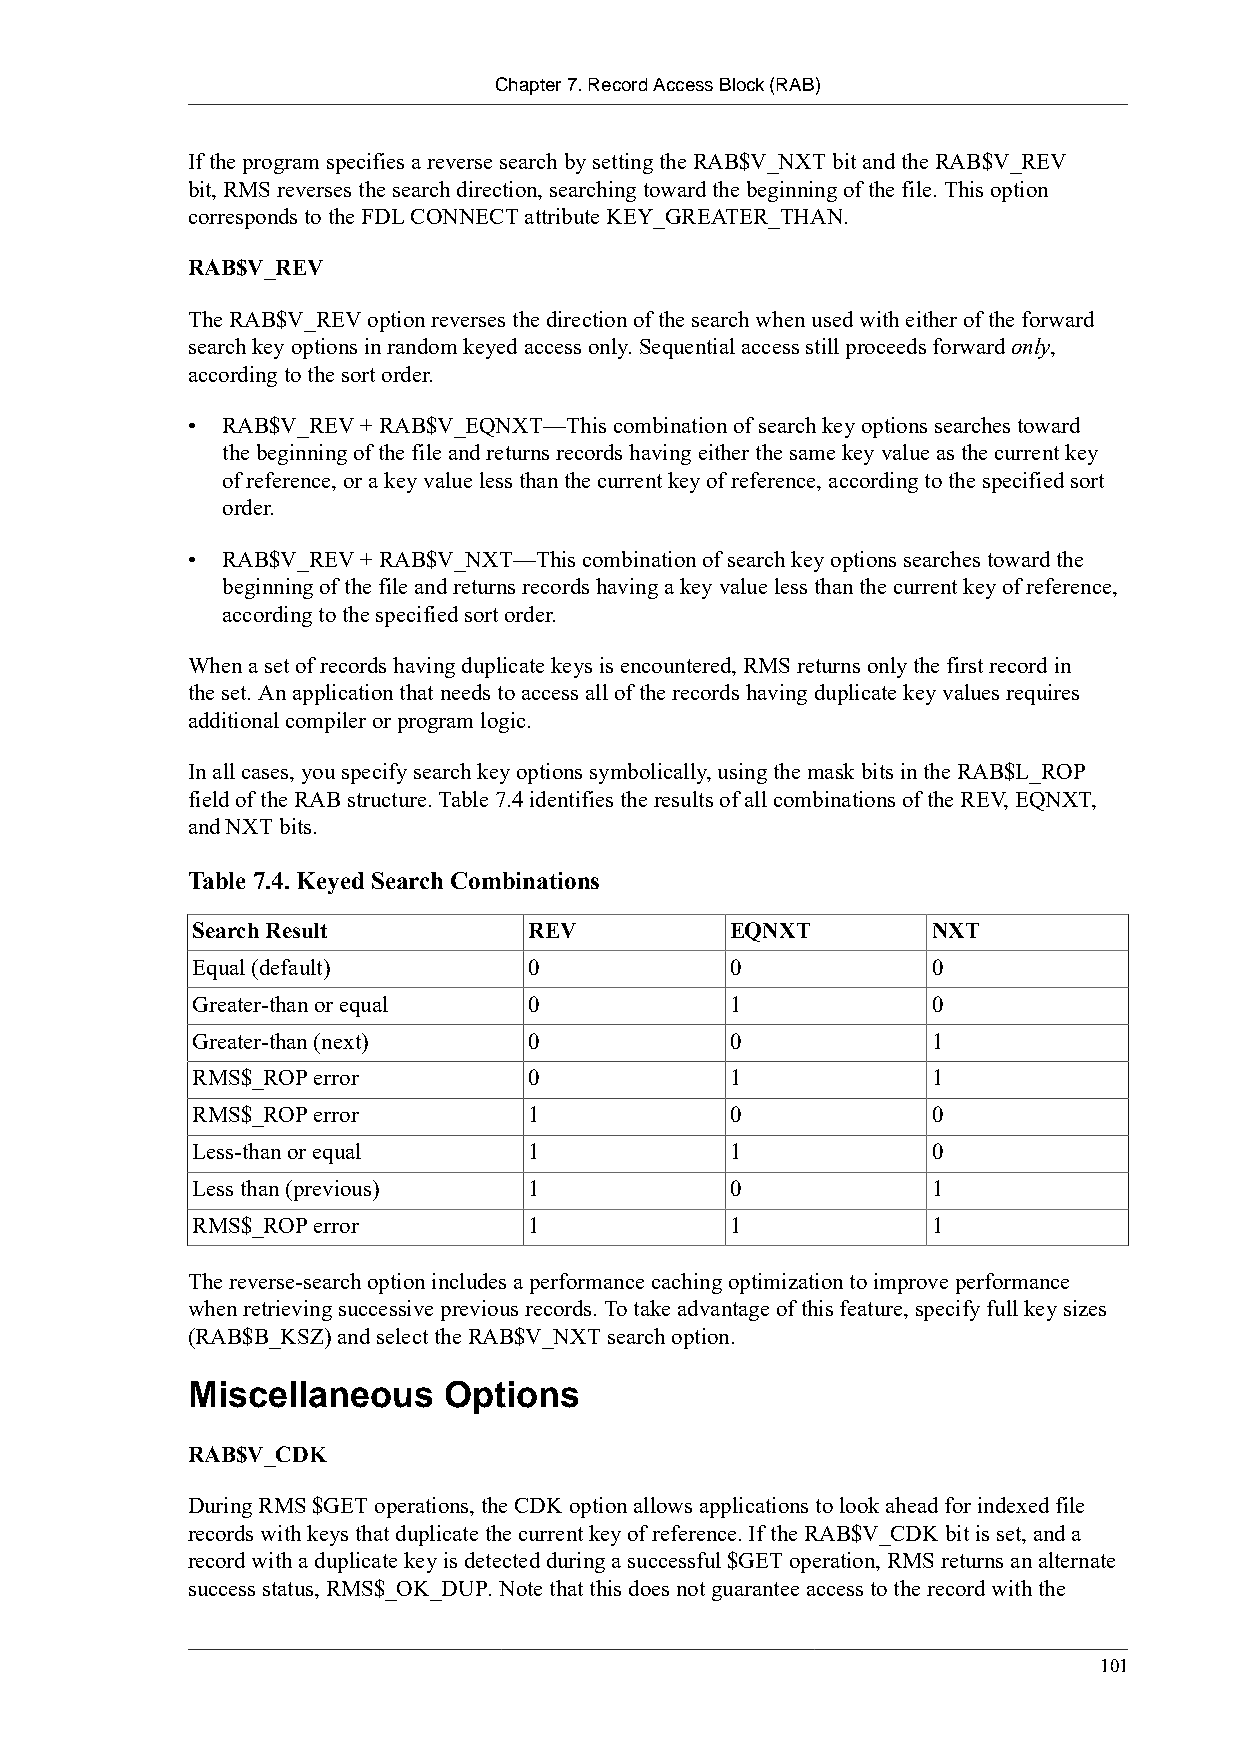
Chapter 7. Record Access Block (RAB)
 If the program specifies a reverse search by setting the RAB$V_NXT bit and the RAB$V_REV
 bit, RMS reverses the search direction, searching toward the beginning of the file. This option
 corresponds to the FDL CONNECT attribute KEY_GREATER_THAN.
 RAB$V_REV
 The RAB$V_REV option reverses the direction of the search when used with either of the forward
 search key options in random keyed access only. Sequential access still proceeds forward only,
 according to the sort order.
 •  RAB$V_REV + RAB$V_EQNXT—This combination of search key options searches toward
 the beginning of the file and returns records having either the same key value as the current key
 of reference, or a key value less than the current key of reference, according to the specified sort
 order.
 •  RAB$V_REV + RAB$V_NXT—This combination of search key options searches toward the
 beginning of the file and returns records having a key value less than the current key of reference,
 according to the specified sort order.
 When a set of records having duplicate keys is encountered, RMS returns only the first record in
 the set. An application that needs to access all of the records having duplicate key values requires
 additional compiler or program logic.
 In all cases, you specify search key options symbolically, using the mask bits in the RAB$L_ROP
 field of the RAB structure. Table 7.4 identifies the results of all combinations of the REV, EQNXT,
 and NXT bits.
 Table 7.4. Keyed Search Combinations
 Search Result         REV          EQNXT         NXT
 Equal (default)       0            0             0
 Greater-than or equal 0            1             0
 Greater-than (next)   0            0             1
 RMS$_ROP error        0            1             1
 RMS$_ROP error        1            0             0
 Less-than or equal    1            1             0
 Less than (previous)  1            0             1
 RMS$_ROP error        1            1             1
 The reverse-search option includes a performance caching optimization to improve performance
 when retrieving successive previous records. To take advantage of this feature, specify full key sizes
 (RAB$B_KSZ) and select the RAB$V_NXT search option.
 Miscellaneous    Options
 RAB$V_CDK
 During RMS $GET operations, the CDK option allows applications to look ahead for indexed file
 records with keys that duplicate the current key of reference. If the RAB$V_CDK bit is set, and a
 record with a duplicate key is detected during a successful $GET operation, RMS returns an alternate
 success status, RMS$_OK_DUP. Note that this does not guarantee access to the record with the
 101